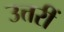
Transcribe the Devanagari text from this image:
उत्तरीं